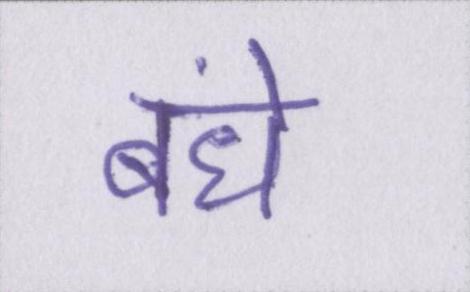
बंधे